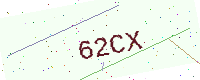
Text: 62CX